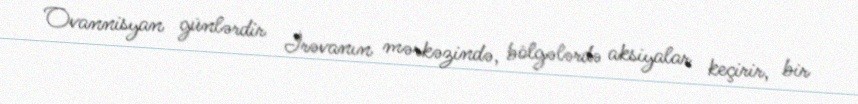
Ovannisyan günlərdir İrəvanın mərkəzində, bölgələrdə aksiyalar keçirir, bir